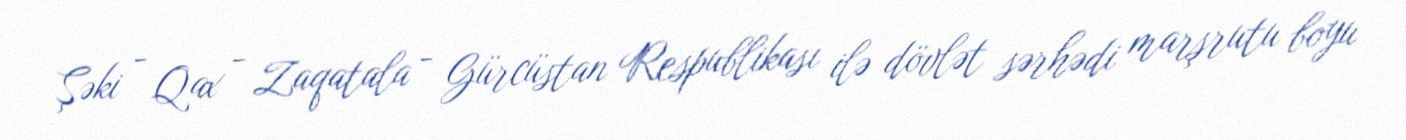
Şəki - Qax - Zaqatala - Gürcüstan Respublikası ilə dövlət sərhədi marşrutu boyu